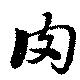
肉